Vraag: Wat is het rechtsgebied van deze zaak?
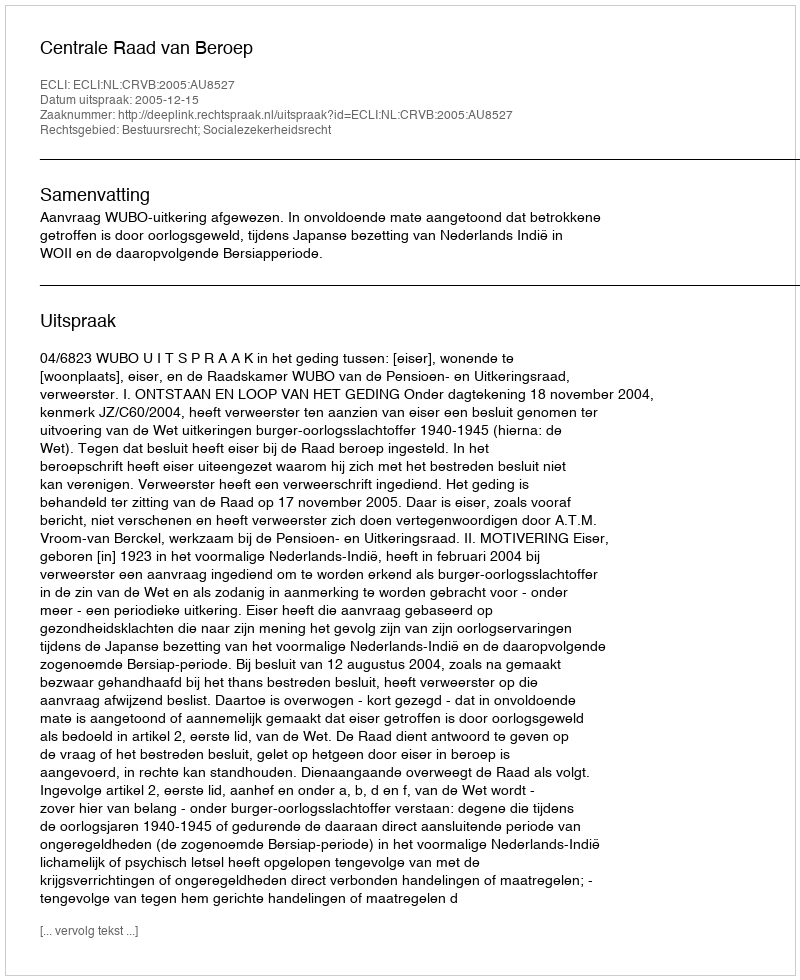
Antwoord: Bestuursrecht; Socialezekerheidsrecht